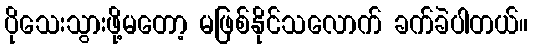
ပိုသေးသွားဖို့မတော့ မဖြစ်နိုင်သလောက် ခက်ခဲပါတယ်။